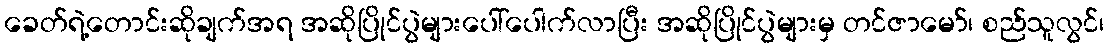
ခေတ်ရဲ့တောင်းဆိုချက်အရ အဆိုပြိုင်ပွဲများပေါ်ပေါက်လာပြီး အဆိုပြိုင်ပွဲများမှ တင်ဇာမော်၊ စည်သူလွင်၊